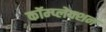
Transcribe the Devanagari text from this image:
कॉम्प्लेक्शन